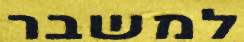
למשבר